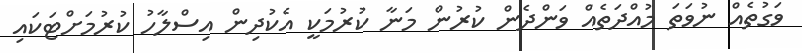
ވަގުތެއް ނުވަތަ މުއްދަތެއް ވަންދެން ކުރުން މަނާ ކުރުމަކީ އެކުދިން އިސްލާހު ކުރުމަށްޓަކައި